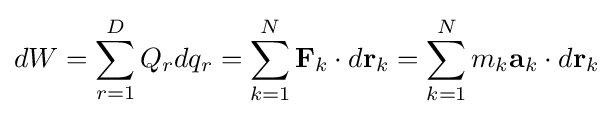
dW=\sum _{r=1}^{D}Q_{r}dq_{r}=\sum _{k=1}^{N}\mathbf {F} _{k}\cdot d\mathbf {r} _{k}=\sum _{k=1}^{N}m_{k}\mathbf {a} _{k}\cdot d\mathbf {r} _{k}